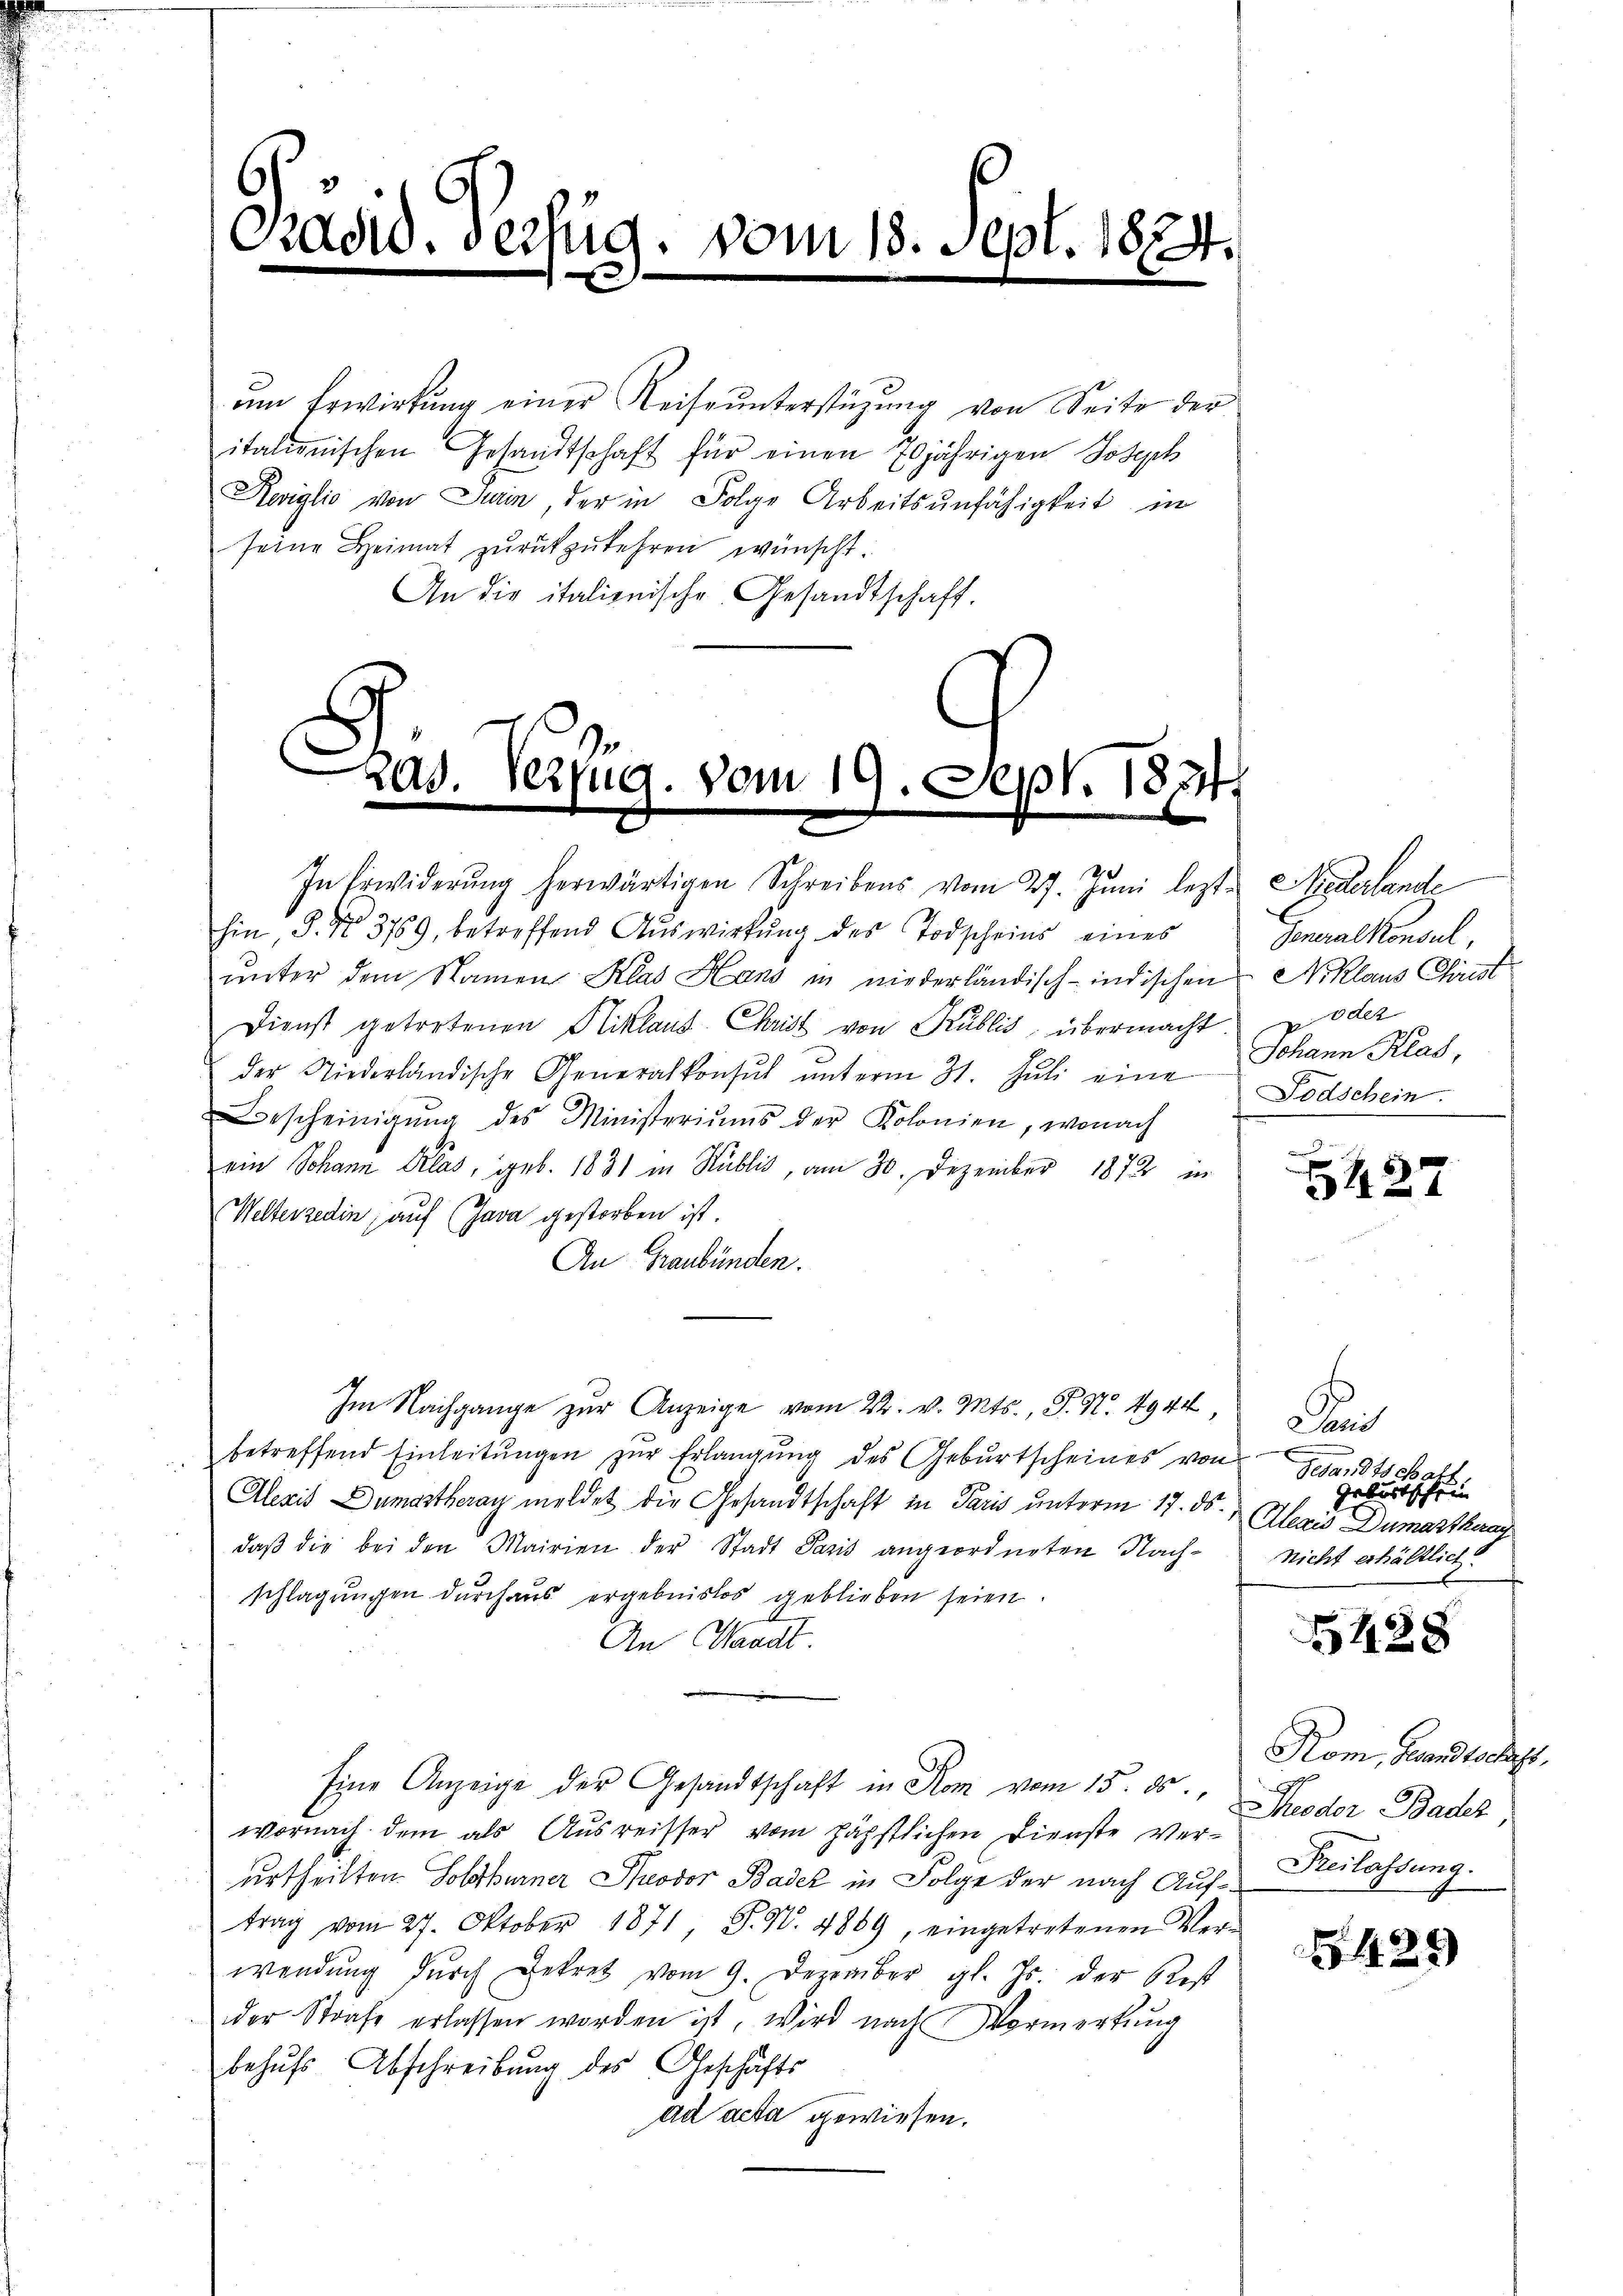
Pradid, verfug. vom 18. Sept. 1874.

6

em Erwirkung einer Reise unterstüzung von Seite der
italienischen Gesandtschaft für einen 70jährigen Joseph
Reiglio von Turin der in Folge Arbeitsunfähigkeit in
seine Heimat zŭrückzukehren wünscht.
An die italienische Gesandtschaft.

ad. Verfüg. vom 19. Sept. 1874
.

unter dem Namen Klas Hans in niederländisch-indischen Niklaus Christ
Dienst getretenen Niklaus Chaist von Publis, übermacht. oder
der Niederländische Generalkonsŭt ŭnterm 31. Jŭli eine
Bescheinigŭng des Ministeriŭms der Kolonien, wonach
ein Johann Klas, geb. 1831 in Hublis, am 30. Dezember 1872 in
Welterzedin (auf (Java gestorben ist.
An Graubünden.
Im Nachgange zur Anzeige vom 22. v. Mts., P. N. 4944
betreffend Einleitŭngen zur Erlangung des Geburtscheines von
Alexis Dumastheray meldet die Gesandtschaft in Paris unterm 17. ds.
daβ die bei den Mairien der Stadt Paris angeordneten Nach-
schlagungen durchaus ergebnislos geblieben seien.
An Waadt.
Eine Anzeige der Gesandtschaft in Rom vom 15. ds. " Frieder Bader,
wornach dem als Ausreisser vom höchstlichen Dienste verurtheilten Solothurner Theodor Badek in Folge der nach Auftrag vom 27. Oktober 1871, P. Nr. 4889, eingetretenen Ver-
wendŭng dŭrch Bekret vom 9. Dezember gl. Js. der Rest
der Strafe erlassen worden ist, wird nach Vormerkung
behŭfs Abschreibung des Geschäfts
ad acta gewiesen.

In Erwiderŭng herwärtigen Schreibens vom 27. Juni lezte Miederlande
hin, S. Nr. 3759, betreffend Auswirkung des Todscheins eines

Generalkonsul,
Johann Klas,
Todschein.

a
5427

n
Gesandtschatz
Geburtschein
Alexis Dumartkeray
nicht erhältlich

428

Kom, Gesandtschaft,
Freilassung.

429